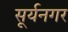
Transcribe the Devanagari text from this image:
सूर्यनगर